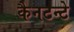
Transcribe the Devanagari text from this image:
कैनटन्टे